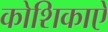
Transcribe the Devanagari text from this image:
कोशिकाऐ